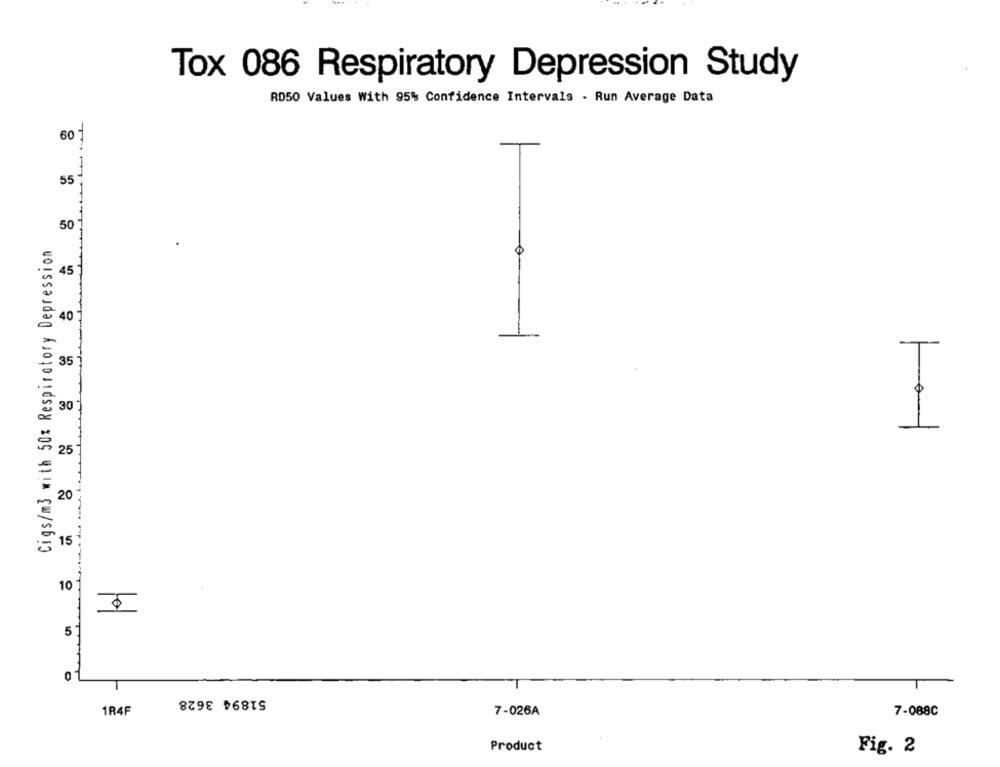
Tox 086 Respiratory Depression Study
RD50 Values With 95% Confidence Intervals - Run Average Data
60
50
TT1 111111"Tm
Cigs/m3 with 50z Respiratory Depression
45 1
35 1
T
30
25 -
20
15
10
to
5
51894 3628
1R4F
7-026A
7-088C
Product
Fig. 2